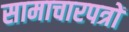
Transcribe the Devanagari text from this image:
सामाचारपत्रों